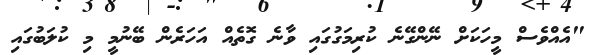
"އެއްވެސް މީހަކަށް ނޭންގޭނެ ކުރިމަގުގައި ވާނެ ގޮތެއް އަހަރެން ބޭނުމީ މި ކުލަބުގައި